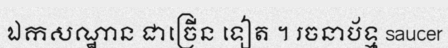
ឯកសណ្ឋាន ជាច្រើន ទៀត ។ រចនាប័ទ្ម saucer